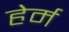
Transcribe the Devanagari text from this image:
हेर्म